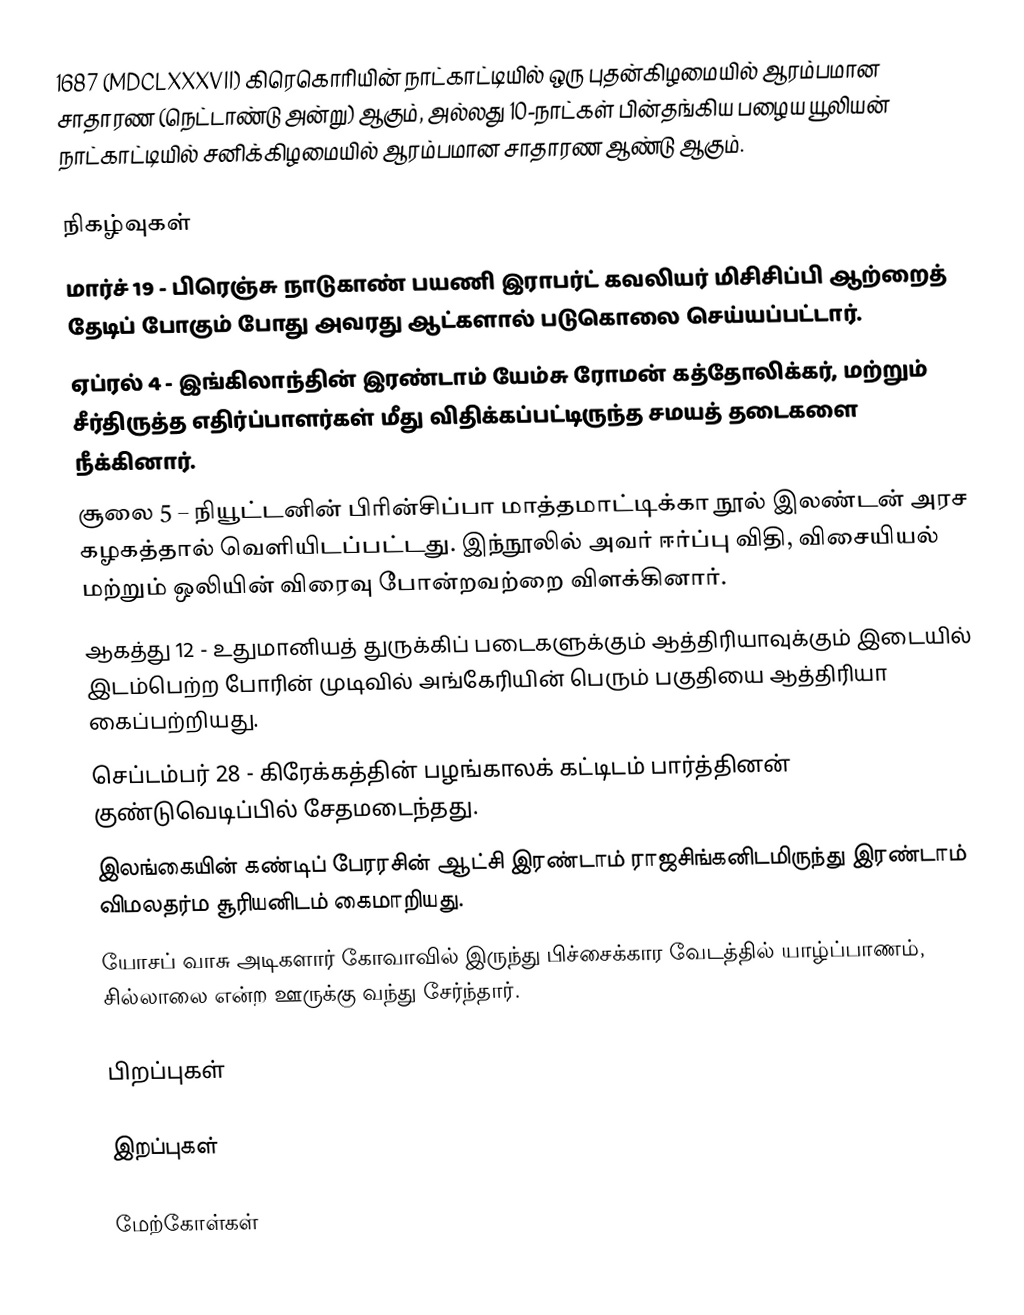
1687 (MDCLXXXVII) கிரெகொரியின் நாட்காட்டியில் ஒரு புதன்கிழமையில் ஆரம்பமான சாதாரண (நெட்டாண்டு அன்று) ஆகும், அல்லது 10-நாட்கள் பின்தங்கிய பழைய யூலியன் நாட்காட்டியில் சனிக்கிழமையில் ஆரம்பமான சாதாரண ஆண்டு ஆகும்.

நிகழ்வுகள்
 மார்ச் 19 - பிரெஞ்சு நாடுகாண் பயணி இராபர்ட் கவலியர் மிசிசிப்பி ஆற்றைத் தேடிப் போகும் போது அவரது ஆட்களால் படுகொலை செய்யப்பட்டார்.
 ஏப்ரல் 4 - இங்கிலாந்தின் இரண்டாம் யேம்சு ரோமன் கத்தோலிக்கர், மற்றும் சீர்திருத்த எதிர்ப்பாளர்கள் மீது விதிக்கப்பட்டிருந்த சமயத் தடைகளை நீக்கினார்.
 சூலை 5 – நியூட்டனின் பிரின்சிப்பா மாத்தமாட்டிக்கா நூல் இலண்டன் அரச கழகத்தால் வெளியிடப்பட்டது. இந்நூலில் அவர் ஈர்ப்பு விதி, விசையியல் மற்றும் ஒலியின் விரைவு போன்றவற்றை விளக்கினார்.
 ஆகத்து 12 - உதுமானியத் துருக்கிப் படைகளுக்கும் ஆத்திரியாவுக்கும் இடையில் இடம்பெற்ற போரின் முடிவில் அங்கேரியின் பெரும் பகுதியை ஆத்திரியா கைப்பற்றியது.
 செப்டம்பர் 28 - கிரேக்கத்தின் பழங்காலக் கட்டிடம் பார்த்தினன் குண்டுவெடிப்பில் சேதமடைந்தது.
 இலங்கையின் கண்டிப் பேரரசின் ஆட்சி இரண்டாம் ராஜசிங்கனிடமிருந்து இரண்டாம் விமலதர்ம சூரியனிடம் கைமாறியது.
 யோசப் வாசு அடிகளார் கோவாவில் இருந்து பிச்சைக்கார வேடத்தில் யாழ்ப்பாணம், சில்லாலை என்ற ஊருக்கு வந்து சேர்ந்தார்.

பிறப்புகள்

இறப்புகள்

மேற்கோள்கள்